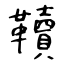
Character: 韇